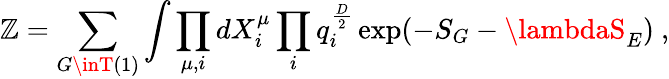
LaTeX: \mathbb{Z}=\sum_{G\inT(1)}\int\prod_{\mu,i}dX_{i}^{\mu}\prod_{i}q_{i}^{\frac{{D}}{{2}}}\exp(-S_{G}-\lambdaS_{E})\ ,